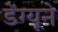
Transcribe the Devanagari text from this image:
डेंग्यूने